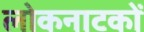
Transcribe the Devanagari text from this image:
लोकनाटकों